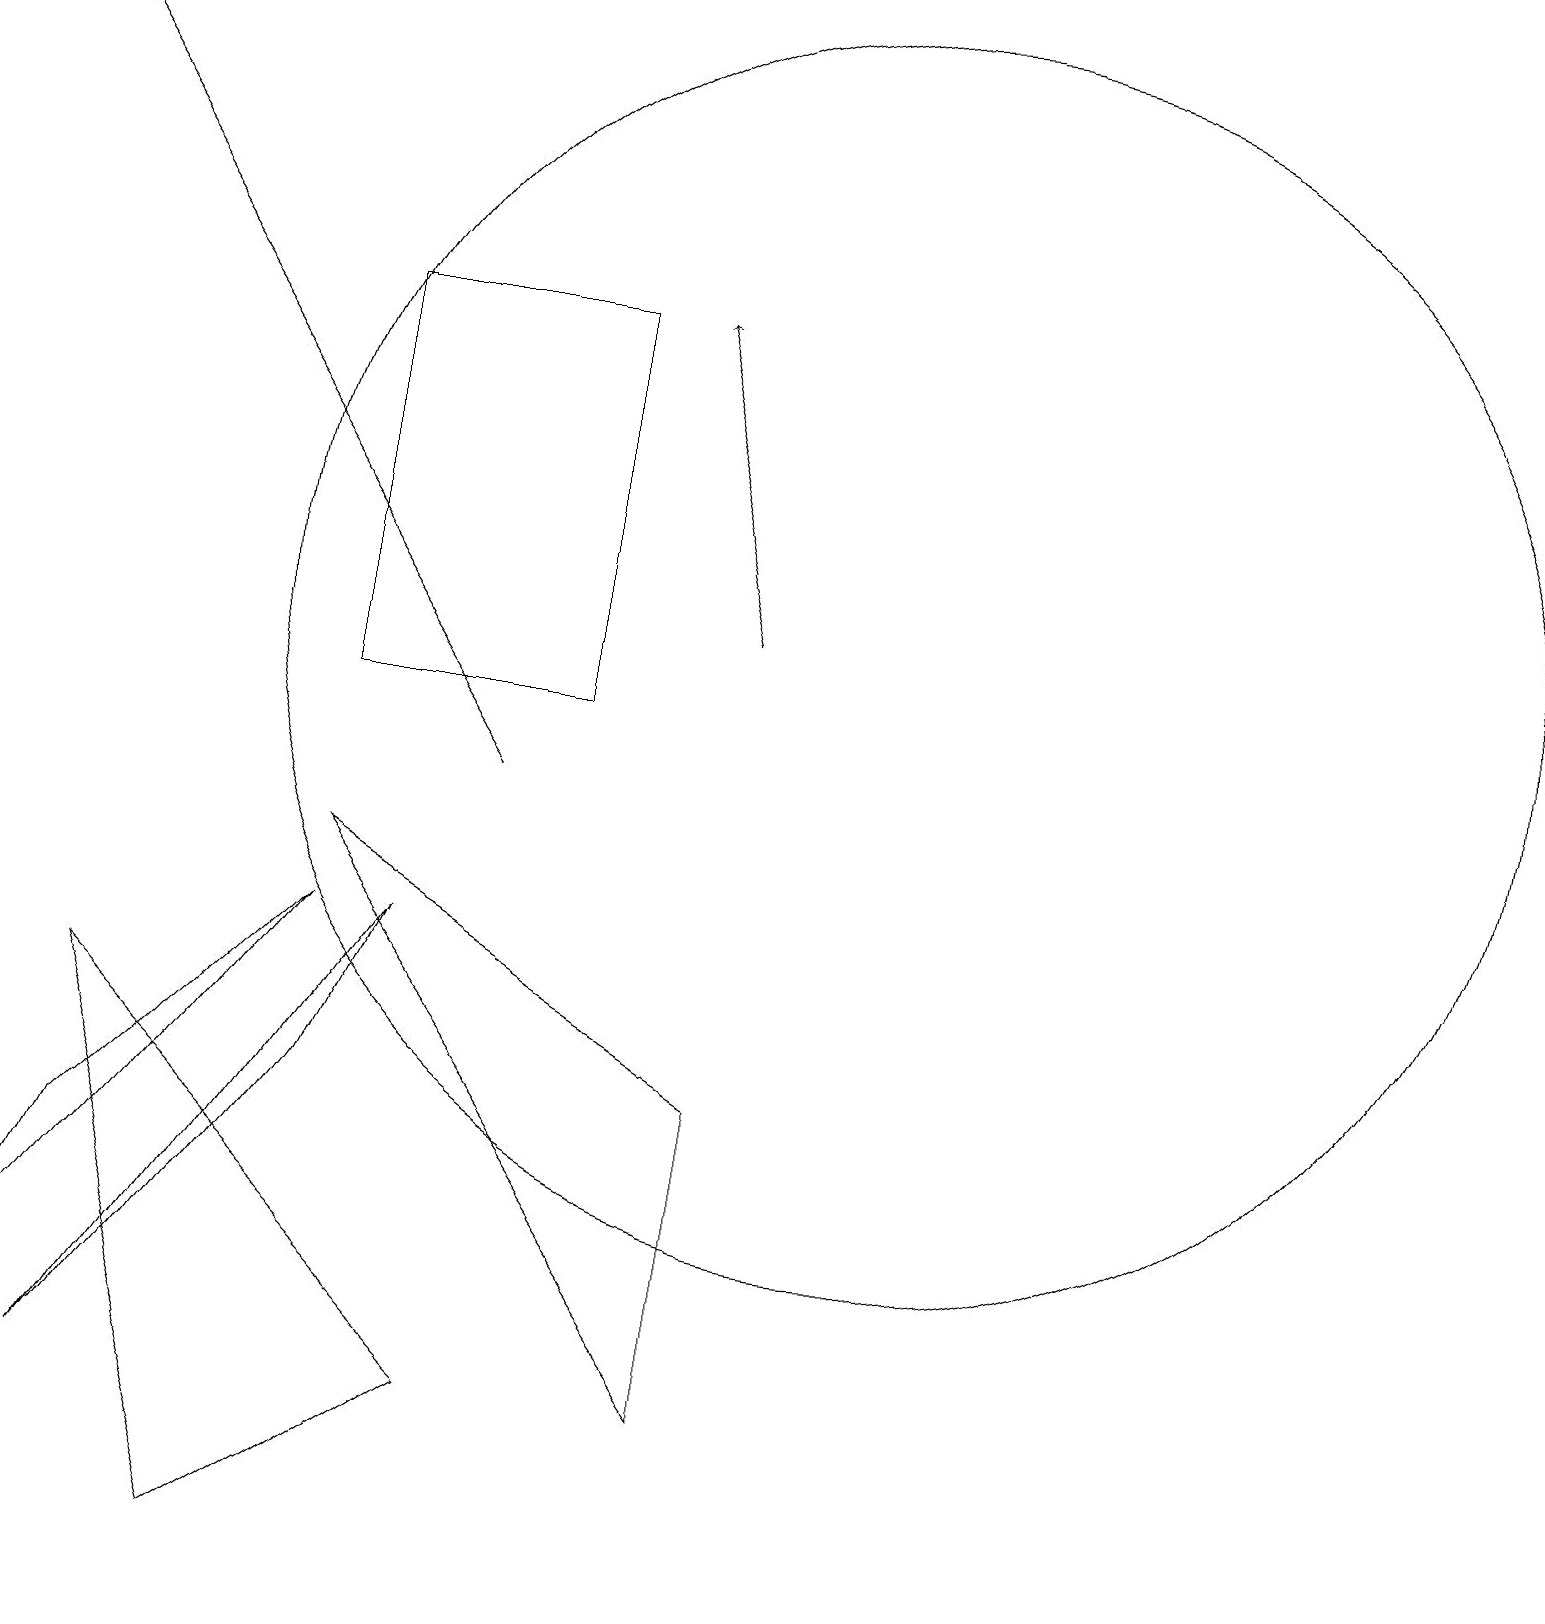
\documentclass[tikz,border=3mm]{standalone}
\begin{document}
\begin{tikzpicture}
\draw (6,2) -- (1,7) -- (3,0) -- cycle;
\draw (1,5) -- (0,3) -- (4,8) -- cycle;
\draw (9,6) -- (4,9) -- (9,2) -- cycle;
\draw (11,12) circle (8);
\draw[->] (9,12) -- (8,16);
\draw (1,2) -- (5,8) -- (4,6) -- cycle;
\draw[->] (6,10) -- (0,19);
\draw (4,11) rectangle (7,16);
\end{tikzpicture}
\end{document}